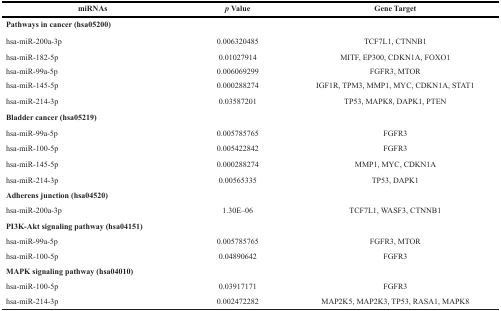
| miRNAs | p Value | Gene Target |
 | --- | --- | --- |
 | Pathways in cancer (hsa05200) |  |  |
 | hsa-miR-200a-3p | 0.006320485 | TCF7L1, CTNNB1 |
 | hsa-miR-182-5p | 0.01027914 | MITF, EP300, CDKN1A, FOXO1 |
 | hsa-miR-99a-5p | 0.006069299 | FGFR3, MTOR |
 | hsa-miR-145-5p | 0.000288274 | IGF1R, TPM3, MMP1, MYC, CDKN1A, STAT1 |
 | hsa-miR-214-3p | 0.03587201 | TP53, MAPK8, DAPK1, PTEN |
 | Bladder cancer (hsa05219) |  |  |
 | hsa-miR-99a-5p | 0.005785765 | FGFR3 |
 | hsa-miR-100-5p | 0.005422842 | FGFR3 |
 | hsa-miR-145-5p | 0.000288274 | MMP1, MYC, CDKN1A |
 | hsa-miR-214-3p | 0.00565335 | TP53, DAPK1 |
 | Adherens junction (hsa04520) |  |  |
 | hsa-miR-200a-3p | 1.30E–06 | TCF7L1, WASF3, CTNNB1 |
 | PI3K-Akt signaling pathway (hsa04151) |  |  |
 | hsa-miR-99a-5p | 0.005785765 | FGFR3, MTOR |
 | hsa-miR-100-5p | 0.04890642 | FGFR3 |
 | MAPK signaling pathway (hsa04010) |  |  |
 | hsa-miR-100-5p | 0.03917171 | FGFR3 |
 | hsa-miR-214-3p | 0.002472282 | MAP2K5, MAP2K3, TP53, RASA1, MAPK8 |